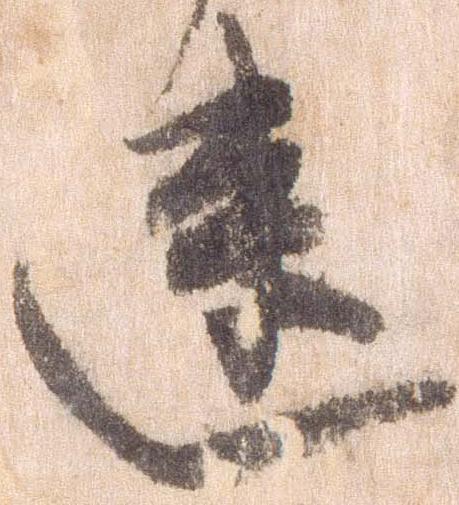
速